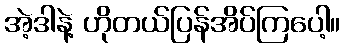
အဲ့ဒါနဲ့ ဟိုတယ်ပြန်အိပ်ကြပေါ့။